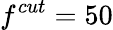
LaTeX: f^{cut}=50